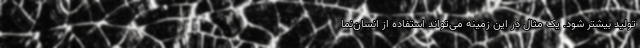
تولید بیشتر شود. یک مثال در این زمینه می‌تواند استفاده از انسان‌نما